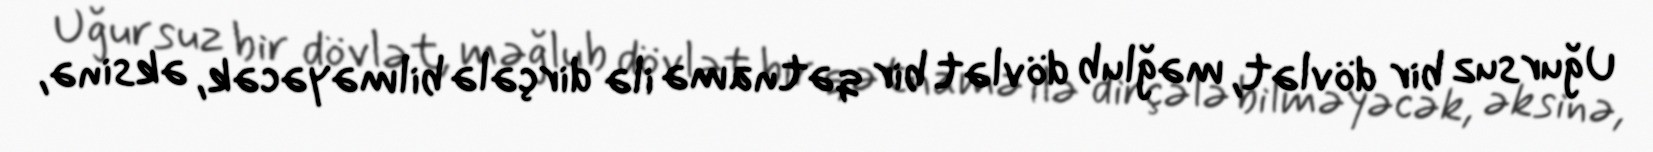
Uğursuz bir dövlət, məğlub dövlət bir qətnamə ilə dirçələ bilməyəcək, əksinə,